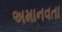
અમાનવતા